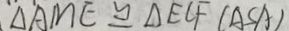
\Delta A M E \cong \Delta E C F ( A S A )